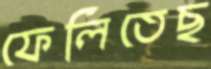
ফেলিতেছ